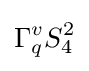
\Gamma _{q}^{v}S_{4}^{2}